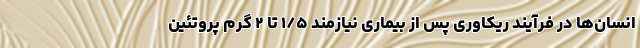
انسان‌ها در فرآیند ریکاوری پس از بیماری نیازمند ۱/۵ تا ۲ گرم پروتئین